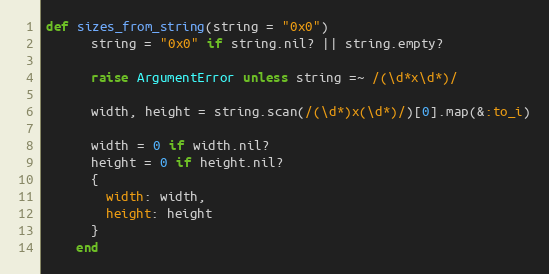
Language: Ruby
def sizes_from_string(string = "0x0")
      string = "0x0" if string.nil? || string.empty?

      raise ArgumentError unless string =~ /(\d*x\d*)/

      width, height = string.scan(/(\d*)x(\d*)/)[0].map(&:to_i)

      width = 0 if width.nil?
      height = 0 if height.nil?
      {
        width: width,
        height: height
      }
    end